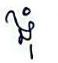
ងុំ